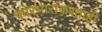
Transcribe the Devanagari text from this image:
कारभारांकरताही